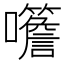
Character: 𡅨